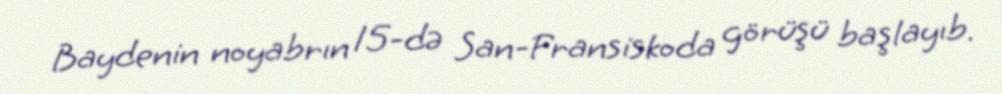
Baydenin noyabrın 15-də San-Fransiskoda görüşü başlayıb.